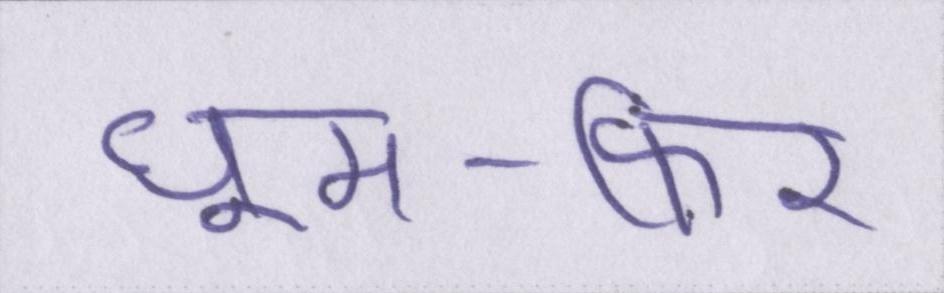
घूम-फिर